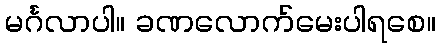
မင်္ဂလာပါ။ ခဏလောက်မေးပါရစေ။